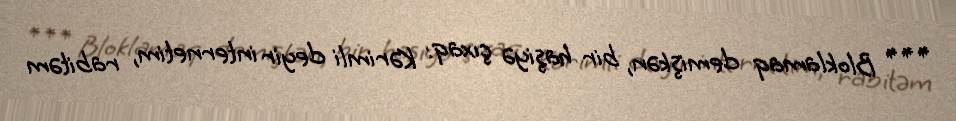
*** Bloklamaq demişkən, bir haşiyə çıxaq: Kərimli deyir internetim, rabitəm